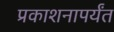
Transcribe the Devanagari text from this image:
प्रकाशनापर्यंत